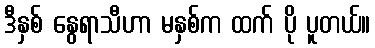
ဒီနှစ် နွေရာသီဟာ မနှစ်က ထက် ပို ပူတယ်။